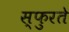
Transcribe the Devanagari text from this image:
स्फुरते